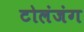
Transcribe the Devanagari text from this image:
टोलंजंग